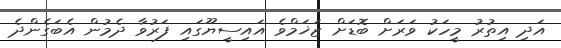
އަދި އިތުރު މީހަކު ވަރަށް ބޮޑަށް ޒަޚަމްވެ އައިސީޔޫގައި ފަރުވާ ދެމުން އެބަގެންދެ